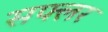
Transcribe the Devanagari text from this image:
सफ्लर